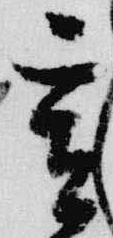
亥